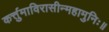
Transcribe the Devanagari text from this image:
कर्त्तुमाविरासीन्महामुनिः॥